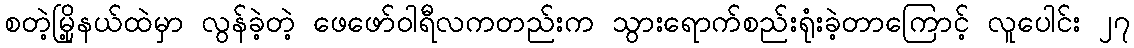
စတဲ့မြို့နယ်ထဲမှာ လွန်ခဲ့တဲ့ ဖေဖော်ဝါရီလကတည်းက သွားရောက်စည်းရုံးခဲ့တာကြောင့် လူပေါင်း ၂၇